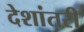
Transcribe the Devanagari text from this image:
देशांतरी